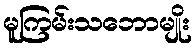
မူကြမ်းသဘောမျိုး